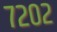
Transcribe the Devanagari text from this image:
७२०२